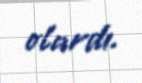
olardı.